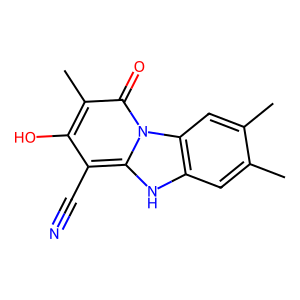
SMILES: Cc1cc2[nH]c3c(C#N)c(O)c(C)c(=O)n3c2cc1C
Inhibits HIV replication: No